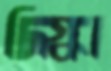
দিগ্ধা